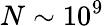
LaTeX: N\sim 10^{9}